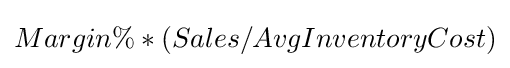
Margin\%*(Sales/AvgInventoryCost)